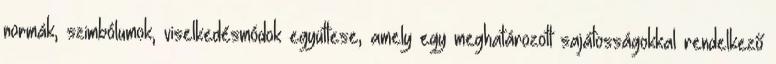
normák, szimbólumok, viselkedésmódok együttese, amely egy meghatározott sajátosságokkal rendelkező